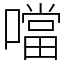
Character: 噹